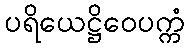
ပရိယေဋ္ဌိဝေပက္ကံ